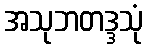
အသုဘတဒ္ဒသုံ